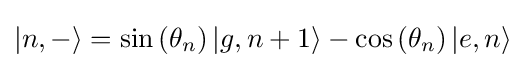
|n,-\rangle =\sin \left(\theta _{n}\right)|g,n+1\rangle -\cos \left(\theta _{n}\right)|e,n\rangle